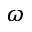
\omega